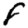
Digit: 8